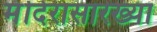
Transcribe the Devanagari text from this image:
मंदिरासारख्या